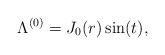
LaTeX: \begin{align*}\Lambda^{(0)}= J_0(r)\sin(t),\end{align*}